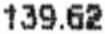
139.62